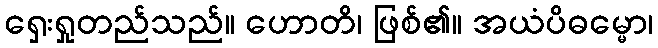
ရှေးရှုတည်သည်။ ဟောတိ၊ ဖြစ်၏။ အယံပိဓမ္မော၊